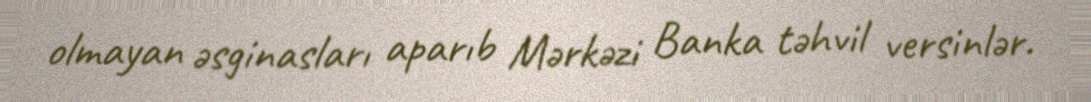
olmayan əsginasları aparıb Mərkəzi Banka təhvil versinlər.